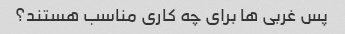
پس غربی ها برای چه کاری مناسب هستند؟